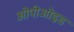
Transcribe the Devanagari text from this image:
ओपीओइड